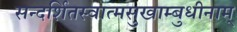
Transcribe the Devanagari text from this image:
सन्दर्शितस्वात्मसुखाम्बुधीनाम्